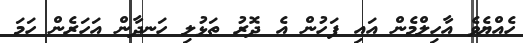
ހެއްޔެވެ އާހިލްމެން އައި ފަހުން އެ ދޮރު ތަޅުލި ހަނދާން އަހަރެން ހަމަ